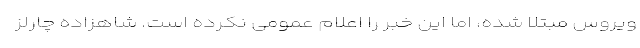
ویروس مبتلا شده، اما این خبر را اعلام عمومی نکرده است. شاهزاده چارلز